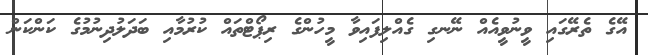
އޭގެ ތެރޭގައި ވީނުވީއެއް ނޭނގި ގެއްލިފައިވާ މީހުންގެ ރިޕޯޓްތައް ކުރުމާއި ބަދަލުދިނުމުގެ ކަންކަން